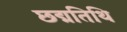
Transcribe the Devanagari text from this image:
छद्मतिथि